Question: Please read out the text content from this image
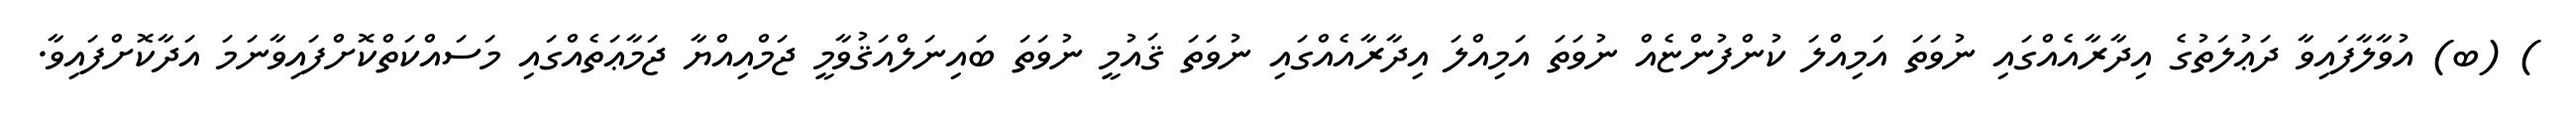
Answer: ) (ބ) އުވާލާފައިވާ ދަޢުލަތުގެ އިދާރާއެއްގައި ނުވަތަ އަމިއްލަ ކުންފުންޏެއް ނުވަތަ އަމިއްލަ އިދާރާއެއްގައި ނުވަތަ ޤައުމީ ނުވަތަ ބައިނަލްއަޤުވާމީ ޖަމްއިއްޔާ ޖަމާޢަތެއްގައި މަސައްކަތްކޮށްފައިވާނަމަ އަދާކޮށްފައިވާ.